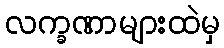
လက္ခဏာများထဲမှ